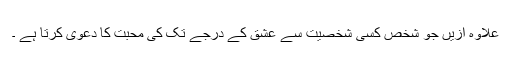
علاوہ ازیں جو شخص کسی شخصیت سے عشق کے درجے تک کی محبت کا دعویٰ کرتا ہے ۔